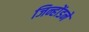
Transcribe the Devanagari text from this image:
जिन्होंडने